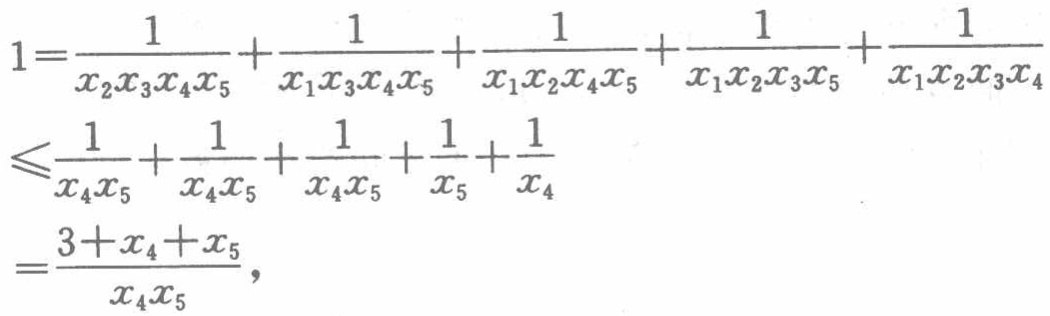
\[

\begin{align*}

1&=\frac{1}{x_{2}x_{3}x_{4}x_{5}}+\frac{1}{x_{1}x_{3}x_{4}x_{5}}+\frac{1}{x_{1}x_{2}x_{4}x_{5}}+\frac{1}{x_{1}x_{2}x_{3}x_{5}}+\frac{1}{x_{1}x_{2}x_{3}x_{4}}\\

&\leqslant\frac{1}{x_{4}x_{5}}+\frac{1}{x_{4}x_{5}}+\frac{1}{x_{4}x_{5}}+\frac{1}{x_{5}}+\frac{1}{x_{4}}\\

&=\frac{3 + x_{4}+x_{5}}{x_{4}x_{5}},

\end{align*}

\]